Annual report on the working of the lock hospitals in the Central Provinces
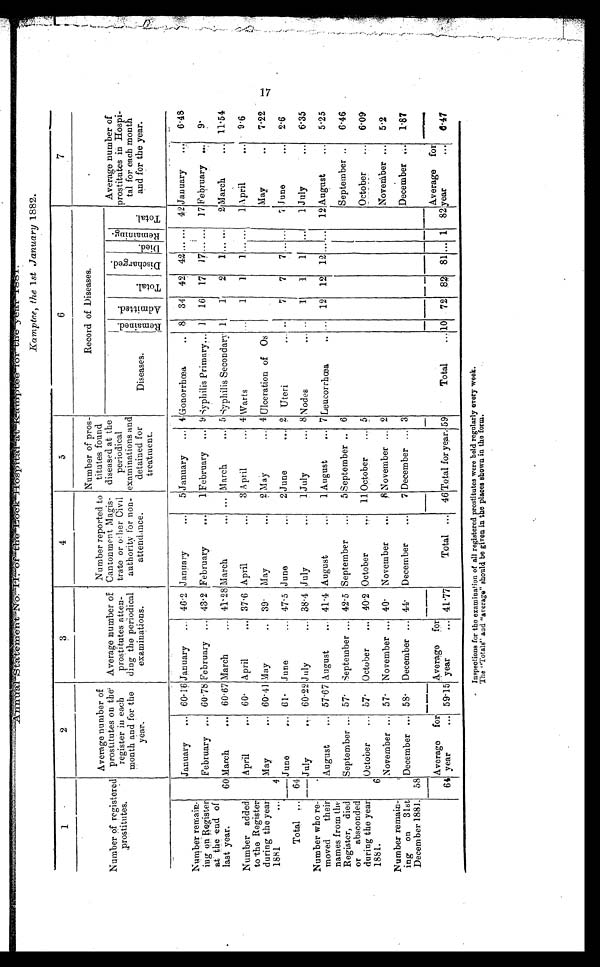
Annual St at ement No. I I of t he Lock Hospi t al at Kampt ee f or t he year 1881.
Kamptee, the 1st January 1882.
1
2
3
4
5
6
7
Number of registered
prostitutes.
Average number of
prostitutes on the
register in each
month and for the
year.
Average number of
prostitutes atten-
ding the periodical
examinations.
Number reported to
Cantonment Magis-
trate or other Civil
authority for non-
attendance.
Number of pros-
titutes found
diseased at the
periodical
examinations and
detained for
treatment.
Record of Diseases.
Average number of
prostitutes in Hosp
i-tal for each mouth
and for the year.
Diseases.
Remai ned. A d m i t t e d .
T o t a l .
D i s c h a r g e d .
Di ed.
R e m a i n i n g .
Tot al .
January
... 60.16 January
46.2 January
...
5 January
...
4
Gonorrhœa .. 8 34 42 42
. . . ... 42 January
...I 6.48
Number remain-
ing on Register
at the end of
last Year.
60
February ... 60.78 February ... 43.2 February
...
1 February ... 9 Syphilis Primary... 1
16 17 17 . . . . . . 17 February . .
9.
March
... 60.67 March
... 41.28 March
... ... March
... 5 Syphilis Secondary 1
1
2
1 ... ...
2 March
... 11.54
Number added
to the Register
during the year
1881
...
4
April
,.. 60. April
... 37.6 April
...
8 April
... 4 Warts
...
1
1
1 . . . . . .
1 April
...
9.6
May
... 60.41 May
.. 39. May
...
2 May
... 4 Ulceration of Os
May ...
7.22
June.. 61. June
... 47.5 June
...
2 June
... 2 Uteri
... ..
7
7
7 . . . . . .
7 June
...
2.6
Total
64
July
... 60.22 July
.. 38.4 July
...
1 July
... 8 Nodes
...
. . 1
1
1
...
1 July
...
6.35
Number who re-
moved their
names from the
Register, died
or absconded
during the year
1881.
August
.. . 57.67 August
... 41.4 August
...
1 August
... 7 Leucorrhœa
..
. . 12 12 12 . . .
...... 12 August
...
5.25
6
September
57. September ... 42.5 September
...
5 September .. 6
September ..
6.46
October
... 57. October
... 40.2 October
. 11 October
5
October
...
6.09
November ...
5 7 .
November... 40. November
...
8 November ... 2
November ...
5.2
Number remain-
ing on 31st
December 1881. 58
December ... 58. December ... 44.
December
...
7 December ... 3
December ...
1.87
64
Average for
year... 59.15
Average for
year... 41.77
Total ... 46 Total for year. 59
Total
... 10 72 82 81 ... 1
Average for
year...
6.47
Inspections for the examination of all registered prostitutes were held regularly every week.
Th e " To t a l s " a n d " a v e r a g e " s h o u l d b e g i v e n i n t h e p l a c e s s h o wn i n t h e f o r m.